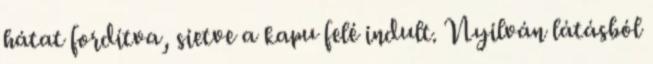
hátat fordítva, sietve a kapu felé in­dult. Nyilván látásból